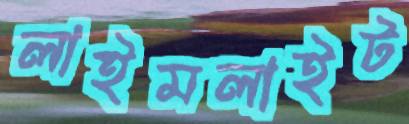
লাইমলাইট